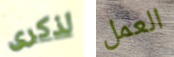
لذكرى العمل